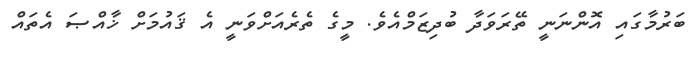
ބަރުމާގައި އޮންނަނީ ތޭރަވަދާ ބުދިޒަމްއެވެ. މީގެ ތެރެއަށްވަނީ އެ ޤައުމަށް ޚާއްޞަ އެތައް